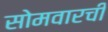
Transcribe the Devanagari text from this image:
सोमवारची